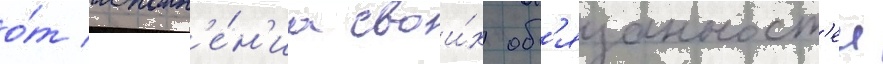
о́т исполн'е́н'иа свои́х об'язанност'еи